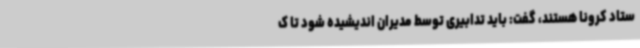
ستاد کرونا هستند، گفت: باید تدابیری توسط مدیران اندیشیده شود تا ک